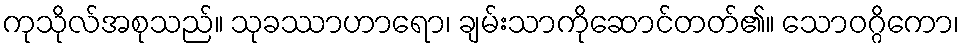
ကုသိုလ်အစုသည်။ သုခဿာဟာရော၊ ချမ်းသာကိုဆောင်တတ်၏။ သောဝဂ္ဂိကော၊